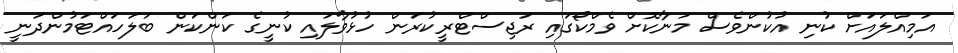
އަމިއްލައަށް ކުނި އުކުންވެސް މަނާކޮށް ވެމްކޯގައި ރަޖިސްޓްރީކުރަން ހުޅުވާލައި ކުނީގެ ކަންކަން ބަލަހައްޓަމުންދަނީ